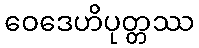
ဝေဒေဟိပုတ္တဿ